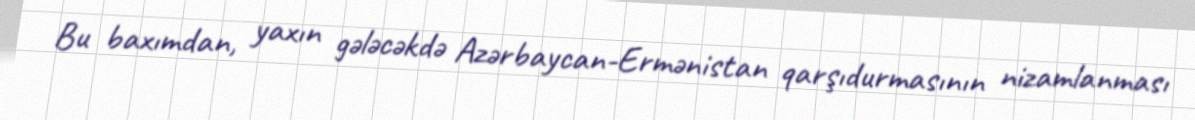
Bu baxımdan, yaxın gələcəkdə Azərbaycan-Ermənistan qarşıdurmasının nizamlanması